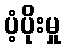
ပံ့ပိုးမှု